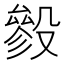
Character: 𣪶